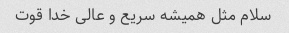
سلام مثل همیشه سریع و عالی خدا قوت